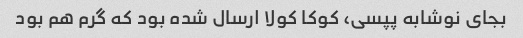
بجای نوشابه پپسی، کوکا کولا ارسال شده بود که گرم هم بود